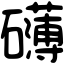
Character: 礴